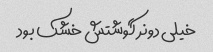
خیلی دونر گوشتش خشک بود